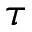
\tau